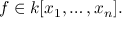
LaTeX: f \in k [ x _ { 1 } , \ldots , x _ { n } ] .